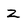
Character: Z